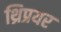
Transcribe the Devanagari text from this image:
थ्रिप्रयर